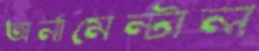
অর্নামেন্টাল